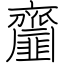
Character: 齏